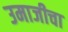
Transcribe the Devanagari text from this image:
उमाजीचा